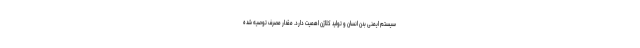
سیستم ایمنی بدن انسان و تولید کلاژن اهمیت دارد. مقدار مصرف توصیه شده